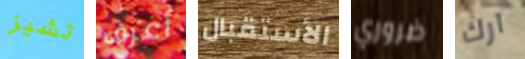
تشيز أعرف الأستقبال ضروري آرك